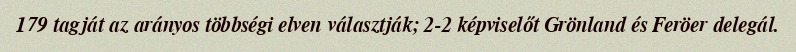
179 tagját az arányos többségi elven választják; 2-2 képviselőt Grönland és Feröer delegál.